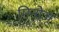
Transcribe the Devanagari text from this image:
मिनोज़